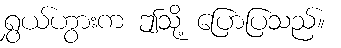
ရွှယ်ဟွားက ဤသို့ ပြောပြသည်။